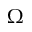
\Omega